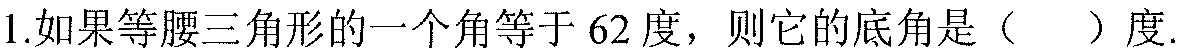
1.如果等腰三角形的一个角等于\(62\)度，则它的底角是（  ）度.